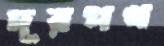
দূরপথ